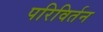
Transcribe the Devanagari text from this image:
परिविर्तन